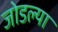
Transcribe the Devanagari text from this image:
जोडल्‍या